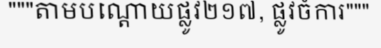
"""តាមបណ្តោយផ្លូវ២១៧, ផ្លូវចំការ"""